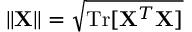
\| { \bf X } \| = \sqrt { \mathrm { T r } [ { \bf X } ^ { T } { \bf X } ] }